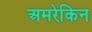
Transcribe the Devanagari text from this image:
अमरेकिन